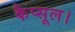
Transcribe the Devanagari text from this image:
कैप्सूल।